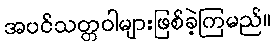
အပင်သတ္တဝါများဖြစ်ခဲ့ကြမည်။